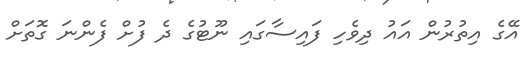
އޭގެ އިތުރުން އައު ދިވެހި ފައިސާގައި ނޫޓުގެ ދެ ފުށް ފެންނަ ގޮތަށް